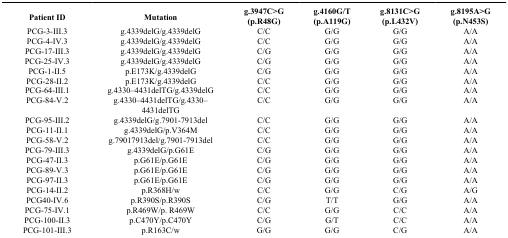
<table><thead><tr><td><b>Patient ID</b></td><td><b>Mutation</b></td><td><b>g.3947C&gt;G (p.R48G)</b></td><td><b>g.4160G/T (p.A119G)</b></td><td><b>g.8131C&gt;G (p.L432V)</b></td><td><b>g.8195A&gt;G (p.N453S)</b></td></tr></thead><tbody><tr><td>PCG-3-III.3</td><td>g.4339delG/g.4339delG</td><td>C/C</td><td>G/G</td><td>G/G</td><td>A/A</td></tr><tr><td>PCG-4-IV.3</td><td>g.4339delG/g.4339delG</td><td>C/C</td><td>G/G</td><td>G/G</td><td>A/A</td></tr><tr><td>PCG-17-III.3</td><td>g.4339delG/g.4339delG</td><td>C/G</td><td>G/G</td><td>G/G</td><td>A/A</td></tr><tr><td>PCG-25-IV.3</td><td>g.4339delG/g.4339delG</td><td>C/G</td><td>G/G</td><td>G/G</td><td>A/A</td></tr><tr><td>PCG-1-II.5</td><td>p.E173K/g.4339delG</td><td>C/G</td><td>G/G</td><td>G/G</td><td>A/A</td></tr><tr><td>PCG-28-II.2</td><td>p.E173K/g.4339delG</td><td>C/C</td><td>G/G</td><td>G/G</td><td>A/A</td></tr><tr><td>PCG-64-III.1</td><td>g.4330–4431delTG/g.4339delG</td><td>C/C</td><td>G/G</td><td>G/G</td><td>A/A</td></tr><tr><td>PCG-84-V.2</td><td>g.4330–4431delTG/g.4330–4431delTG</td><td>C/C</td><td>G/G</td><td>G/G</td><td>A/A</td></tr><tr><td>PCG-95-III.2</td><td>g.4339delG/g.7901-7913del</td><td>C/C</td><td>G/G</td><td>G/G</td><td>A/A</td></tr><tr><td>PCG-11-II.1</td><td>g.4339delG/p.V364M</td><td>C/C</td><td>G/G</td><td>G/G</td><td>A/A</td></tr><tr><td>PCG-58-V.2</td><td>g.79017913del/g.7901-7913del</td><td>C/C</td><td>G/G</td><td>G/G</td><td>A/A</td></tr><tr><td>PCG-79-III.3</td><td>g.4339delG/p.G61E</td><td>C/G</td><td>G/G</td><td>G/G</td><td>A/A</td></tr><tr><td>PCG-47-II.3</td><td>p.G61E/p.G61E</td><td>C/G</td><td>G/G</td><td>G/G</td><td>A/A</td></tr><tr><td>PCG-89-V.3</td><td>p.G61E/p.G61E</td><td>C/G</td><td>G/G</td><td>G/G</td><td>A/A</td></tr><tr><td>PCG-97-II.3</td><td>p.G61E/p.G61E</td><td>C/G</td><td>G/G</td><td>G/G</td><td>A/A</td></tr><tr><td>PCG-14-II.2</td><td>p.R368H/w</td><td>C/C</td><td>G/G</td><td>C/G</td><td>A/G</td></tr><tr><td>PCG40-IV.6</td><td>p.R390S/p.R390S</td><td>C/G</td><td>T/T</td><td>G/G</td><td>A/A</td></tr><tr><td>PCG-75-IV.1</td><td>p.R469W/p. R469W</td><td>C/C</td><td>G/G</td><td>C/C</td><td>A/A</td></tr><tr><td>PCG-100-II.3</td><td>p.C470Y/p.C470Y</td><td>C/G</td><td>G/T</td><td>C/C</td><td>A/A</td></tr><tr><td>PCG-101-III.3</td><td>p.R163C/w</td><td>G/G</td><td>G/G</td><td>C/G</td><td>A/A</td></tr></tbody></table>